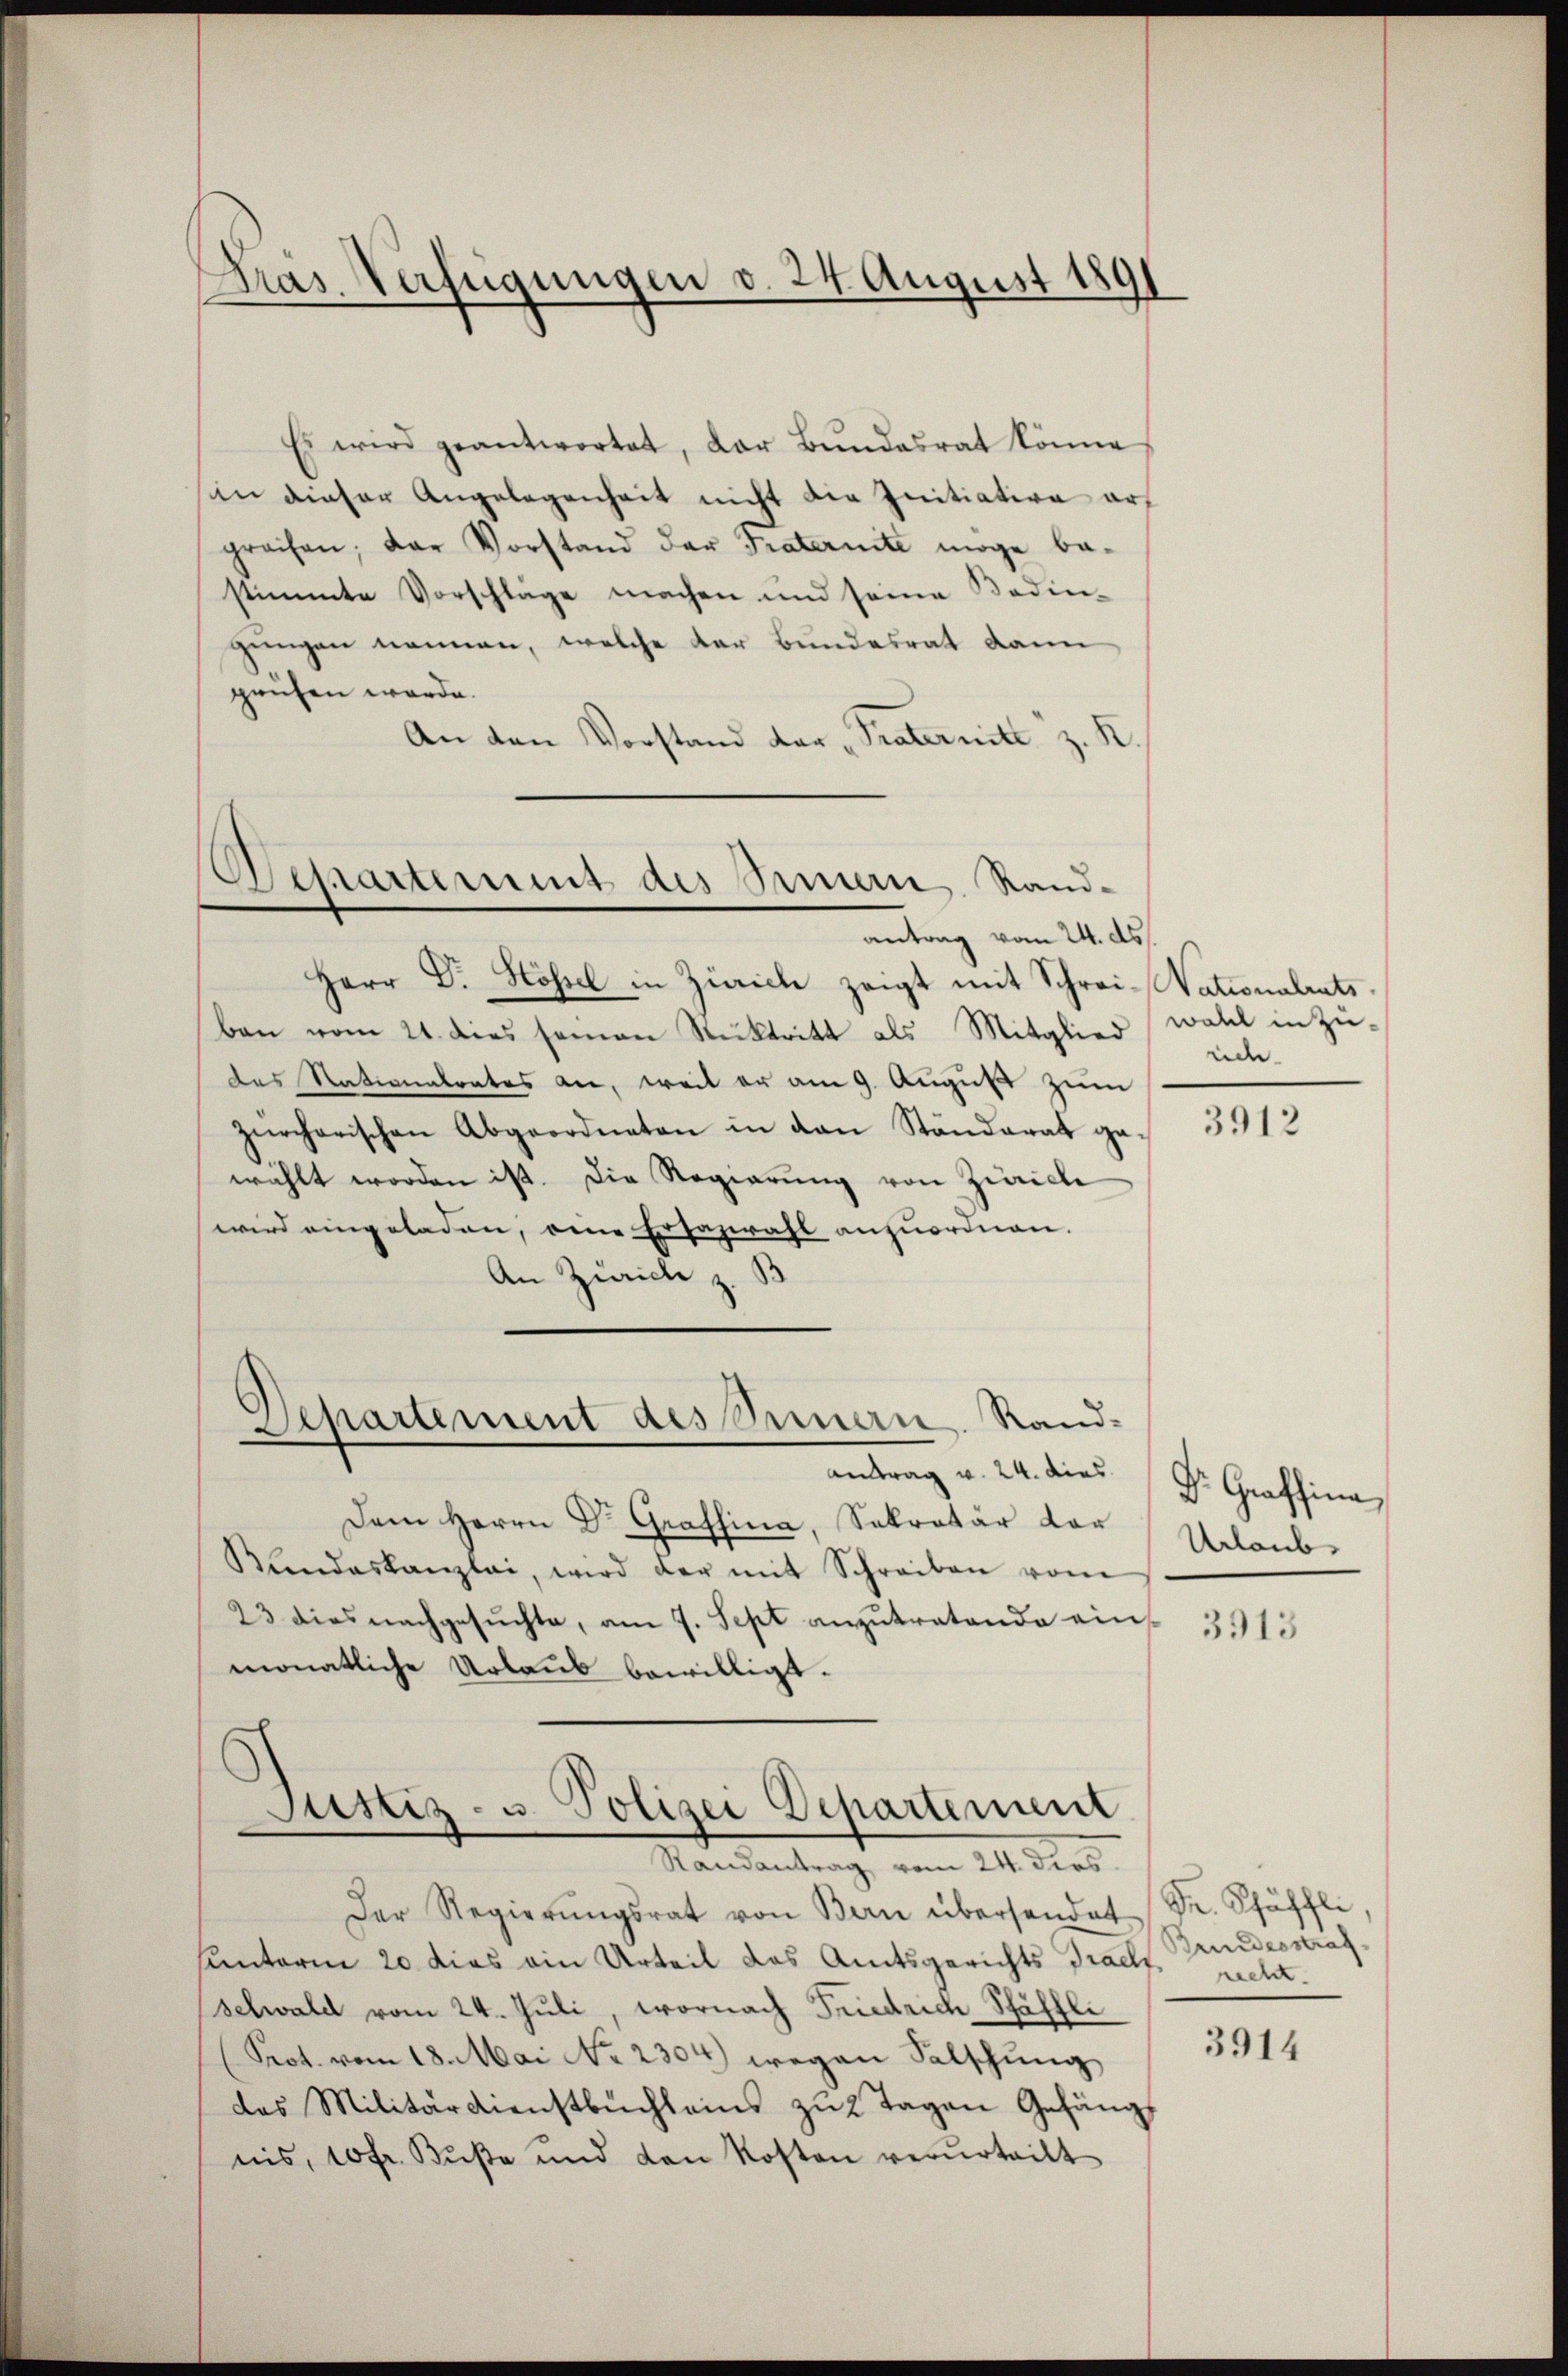
Kras Verfügungen d. 24. August 189

Es wird geantwortet, der Bŭndesrat könne
in dieser Angelegenheit nicht die Initiative ars
preisen; der Vorstand der Traternite möge be-
stimmte Vorschläge machen und seine Bedin-
gungen nennen, welche der Bundesrat dann
prüfen werde.
An den Vorstand der "Praternitt z. R.

Besartement des Stern Randantrag vom 24. ds.

Justiz- u. Polizei Departement
Randantrag vom 24. dies

Herr Dr. Hössel in Zürich zeigt mit Schrei-Nationalrats
ben vom 21. dies seinen Rücktritt als Mitglied wahl in Züdas Nationalrates an, weil er am 9. August zum
zürcherischen Abgeordneten in den Ständerat ge-
wählt worden ist. Die Regierung von Zürich
wird eingeladen, eine Erfazwahl anzuordnen.
An Zürich z. B
Departement des Seinern. Rand-
Antrag v. 24. dies
Dem Herrn Dr. Graffina, Sekretär vor
Kundeskanzlei, wird der mit Schreiben vom
23 dies nachgesŭchte, am 7. Sept anzŭtretende ein
monatliche Urlaub bewilligt.

Der Regierŭngsrat von Bern übersendet Dr. Schäffli,
sunterm 20 dies ein Urteil das Amtsgerichts Praes. Grundesstrafselwald vom 24. Juli, wornach Friedrich Schäffli
Prot. vom 18. Mai No 2304) wegen Salschung
das Militärdienstbuchleins zu 2 Tagen Gefängs
nis, 10 fr. Buße und den Kosten verurteilt

rich.

3912

Dr. Graffina
Urlaub

3913

recht.

3914